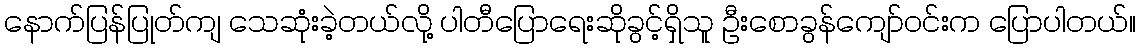
နောက်ပြန်ပြုတ်ကျ သေဆုံးခဲ့တယ်လို့ ပါတီပြောရေးဆိုခွင့်ရှိသူ ဦးစောခွန်ကျော်ဝင်းက ပြောပါတယ်။